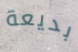
بديعة